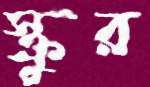
স্ক্রুর